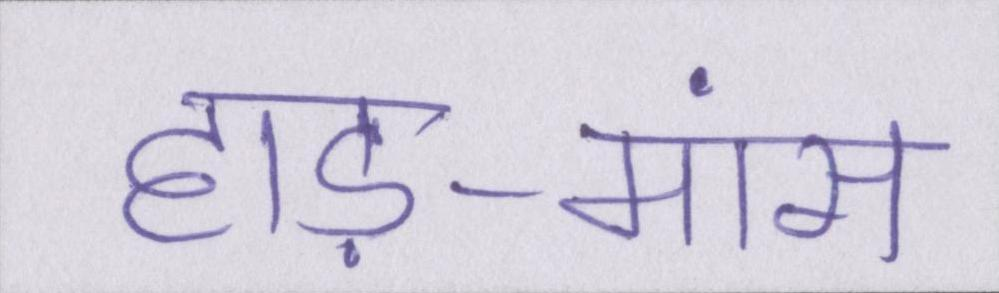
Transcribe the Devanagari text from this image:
हाड़-मांस